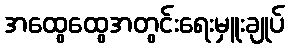
အထွေထွေအတွင်းရေးမှူးချုပ်